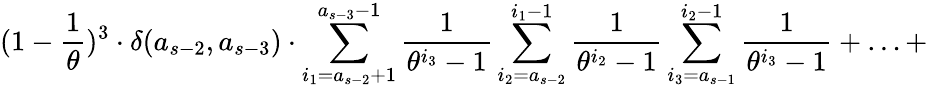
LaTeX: (1-\frac{1}{\theta})^{3}\cdot\delta(a_{s-2},a_{s-3})\cdot\sum_{i_{1}=a_{s-2}+1}^{a_{s-3}-1}\frac{1}{\theta^{i_{3}}-1}\sum_{i_{2}=a_{s-2}}^{i_{1}-1}\frac{1}{\theta^{i_{2}}-1}\sum_{i_{3}=a_{s-1}}^{i_{2}-1}\frac{1}{\theta^{i_{3}}-1}+\ldots+